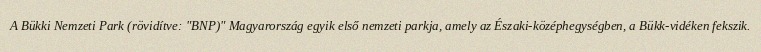
A Bükki Nemzeti Park (rövidítve: "BNP)" Magyarország egyik első nemzeti parkja, amely az Északi-középhegységben, a Bükk-vidéken fekszik.